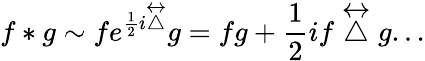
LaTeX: f*g\sim fe^{\frac{1}{2}i\stackrel{\leftrightarrow}{\bigtriangleup}}g=fg+\frac{1}{2}if\stackrel{\leftrightarrow}{\bigtriangleup}g...